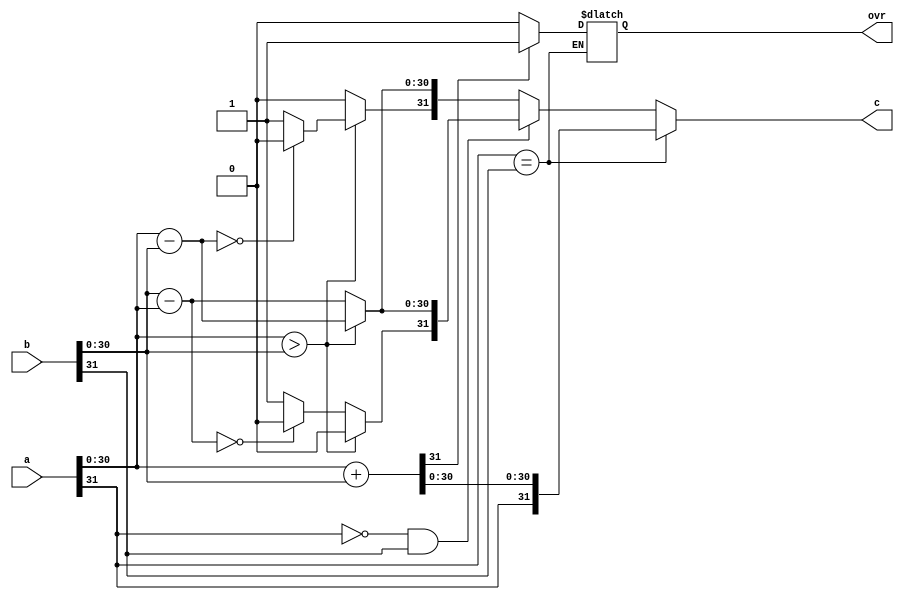
`timescale 1ns / 1ps
//////////////////////////////////////////////////////////////////////////////////
// Company: 
// Engineer: 
// 
// Design Name: 
// Module Name:    q15_add 
// Project Name: 
// Target Devices: 
// Tool versions: 
// Description: 
//
// Dependencies: 
//
// Revision: 
// Revision 0.01 - File Created
// Additional Comments: 
//
//////////////////////////////////////////////////////////////////////////////////
module qadd #(
	//Parameterized values
	parameter Q = 15,
	parameter N = 32
	)
	(
    input [N-1:0] a,
    input [N-1:0] b,
    output [N-1:0] c,
	output reg  ovr
    );

reg [N-1:0] res;
reg [N-1:0] ores; // for same sign sum

assign c = res;

always @(a,b) begin
	// both negative or both positive
	if(a[N-1] == b[N-1]) begin						//	Since they have the same sign, absolute magnitude increases
		ores[N-1:0] = a[N-2:0] + b[N-2:0];			//	So we just add the two numbers
		if(ores[N-1] == 1) begin
			ovr = 1;
		end else begin
			ovr = 0;
		end
		res[N-1:0] = {a[N-1], ores[N-2:0]};			//		and set the sign appropriately...  Doesn't matter which one we use, 
													//		they both have the same sign
													//		the overflown bit of the sum is removed as we set the overflow bit high
	end												
	//	one of them is negative...
	else if(a[N-1] == 0 && b[N-1] == 1) begin		//	subtract a-b
		if( a[N-2:0] > b[N-2:0] ) begin					//	if a is greater than b,
			res[N-2:0] = a[N-2:0] - b[N-2:0];			//		then just subtract b from a
			res[N-1] = 0;										//		and manually set the sign to positive
			end
		else begin												//	if a is less than b,
			res[N-2:0] = b[N-2:0] - a[N-2:0];			//		we'll actually subtract a from b to avoid a 2's complement answer
			if (res[N-2:0] == 0)
				res[N-1] = 0;										//		I don't like negative zero....
			else
				res[N-1] = 1;										//		and manually set the sign to negative
			end
		end
	else begin												//	subtract b-a (a negative, b positive)
		if( a[N-2:0] > b[N-2:0] ) begin					//	if a is greater than b,
			res[N-2:0] = a[N-2:0] - b[N-2:0];			//		we'll actually subtract b from a to avoid a 2's complement answer
			if (res[N-2:0] == 0)
				res[N-1] = 0;										//		I don't like negative zero....
			else
				res[N-1] = 1;										//		and manually set the sign to negative
			end
		else begin												//	if a is less than b,
			res[N-2:0] = b[N-2:0] - a[N-2:0];			//		then just subtract a from b
			res[N-1] = 0;										//		and manually set the sign to positive
			end
		end
	end
endmodule